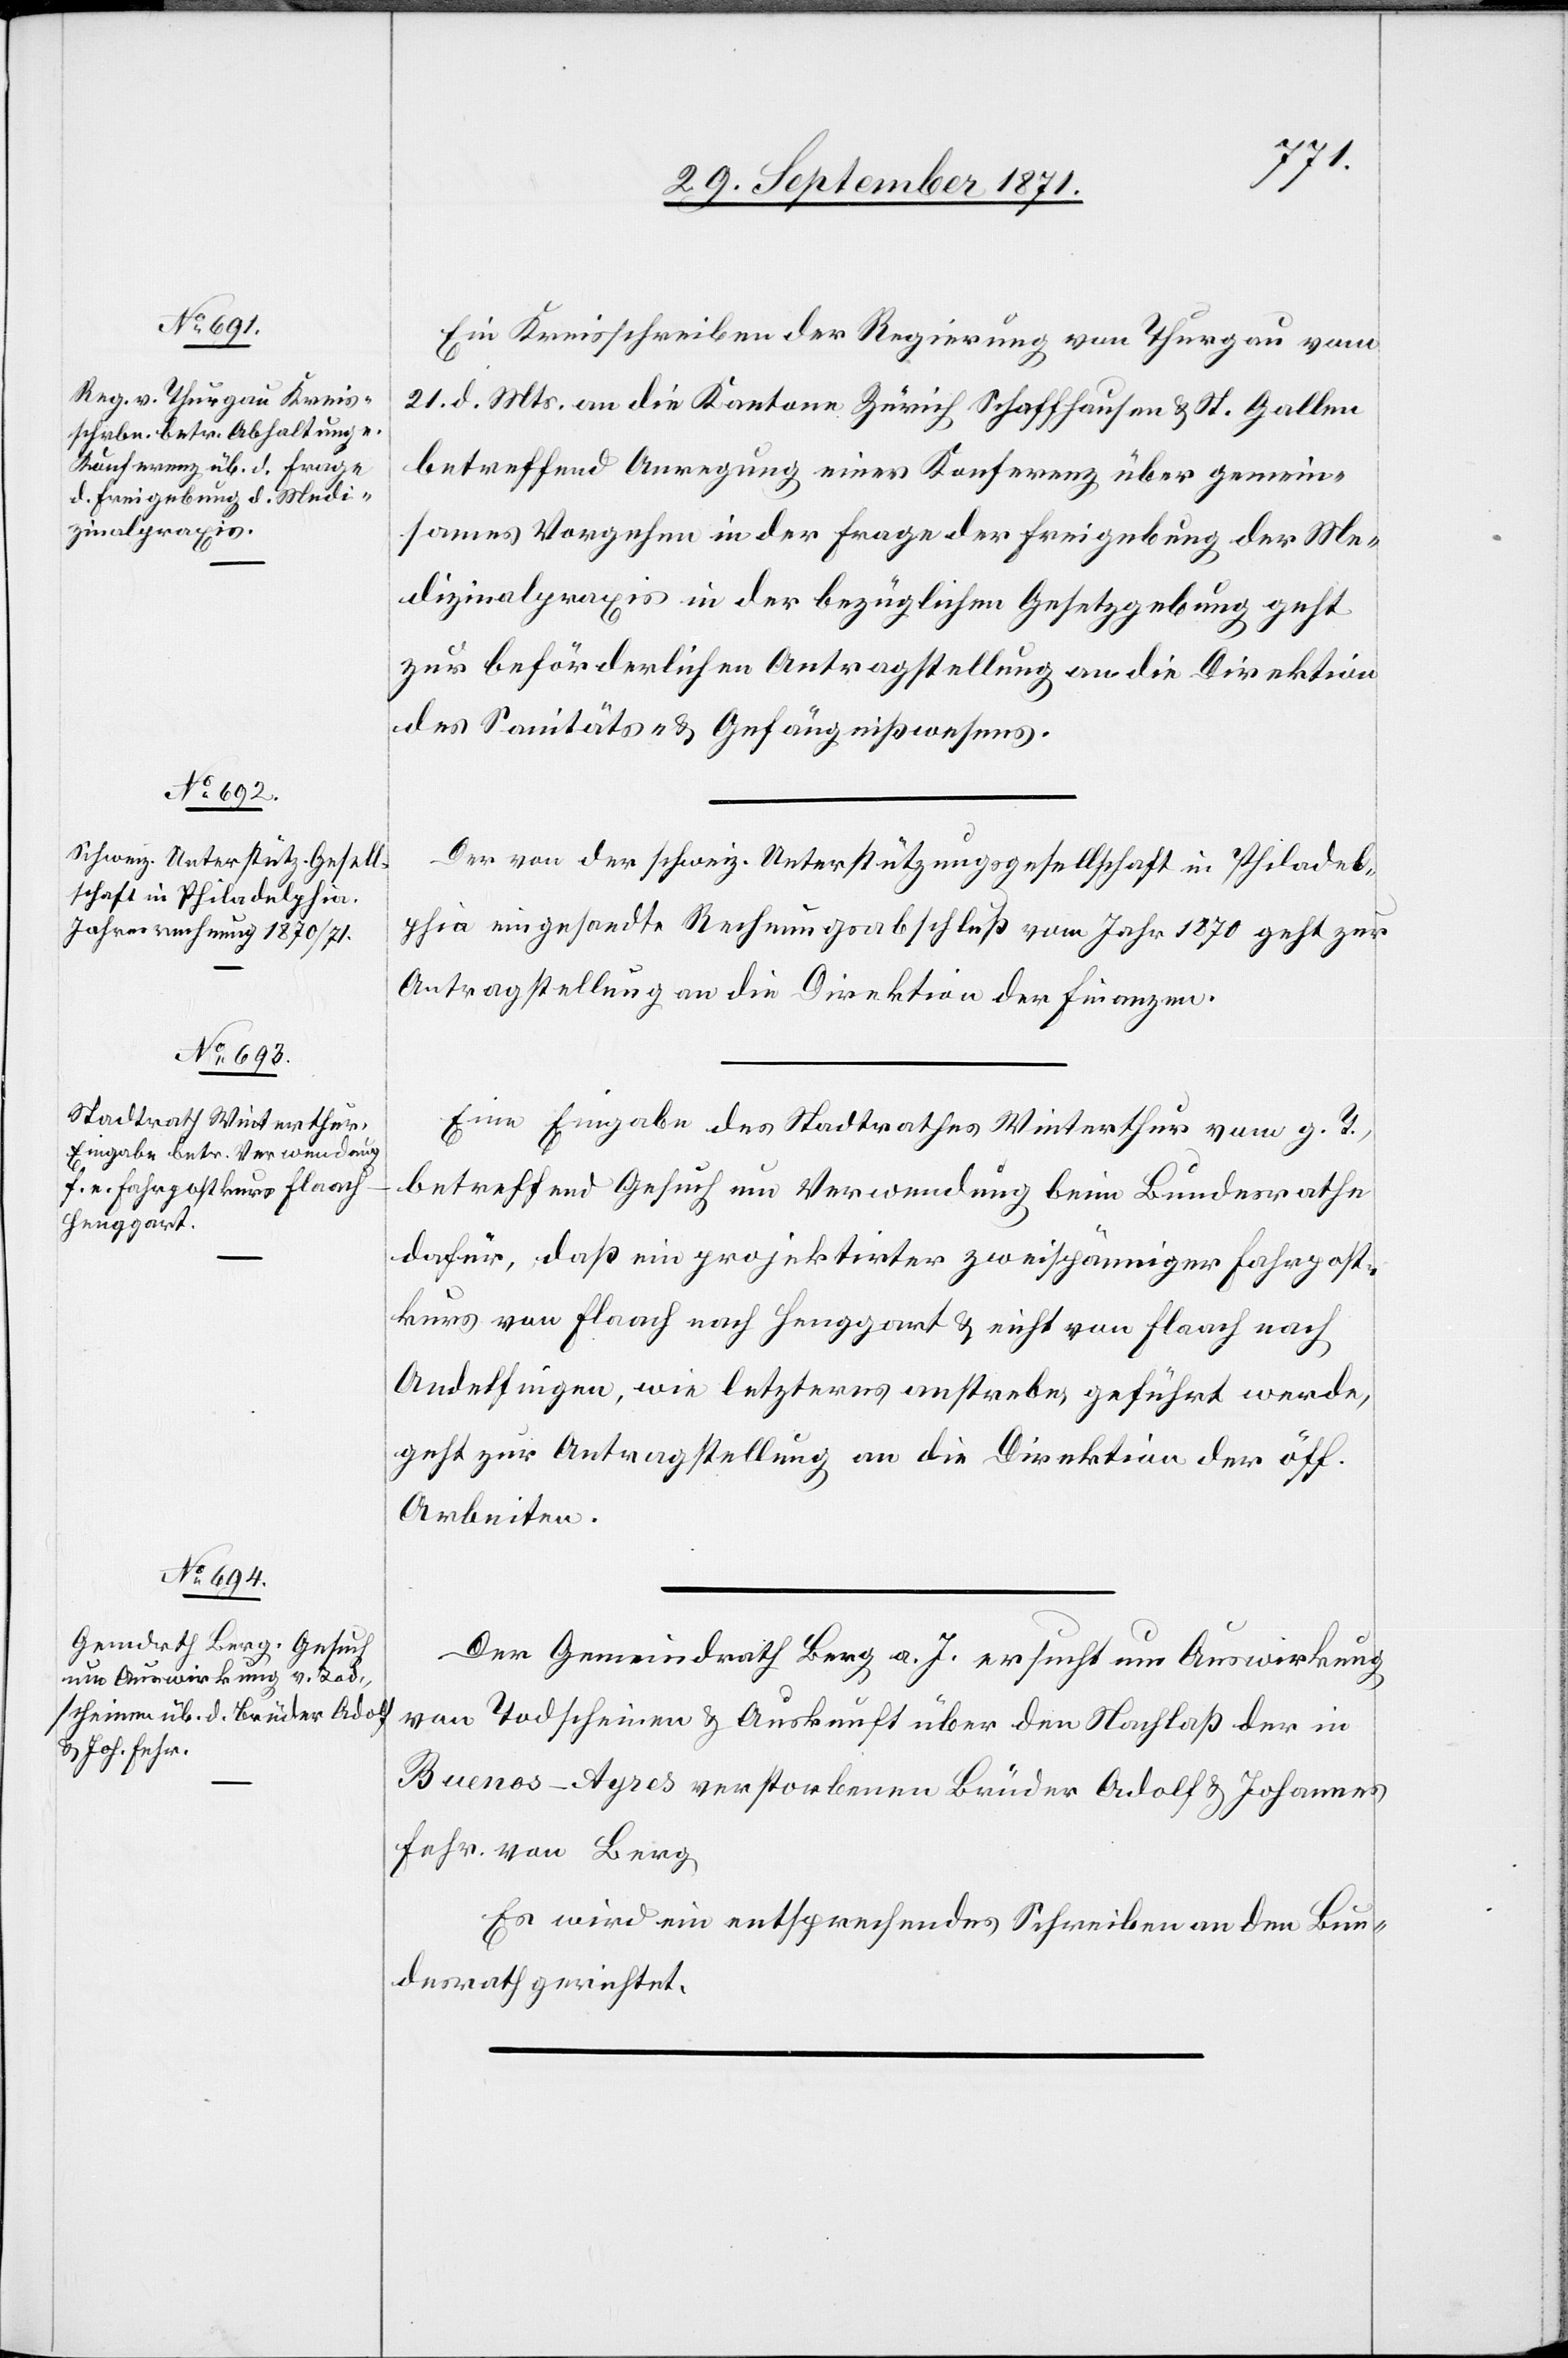
29. September 1871.]
Ein Kreisschreiben der Regierung von Thurgau vom
21. d. Mts. an die Kantone Zürich[,] Schaffhausen & St. Gallen
betreffend Anregung einer Konferenz über gemein¬
sames Vorgehen in der Frage der Freigebung der Me¬
dizinalpraxis in der bezüglichen Gesetzgebung geht
zur behördlichen Antragstellung an die Direktion
des Sanitäts- & Gefängnißwesens.
Der von der schweiz. Unterstützungsgesellschaft in Philadel¬
phia eingesandte Rechnungsabschluß vom Jahr 1870 geht zur
Antragstellung an die Direktion der Finanzen.
Eine Eingabe des Stadtrathes Winterthur vom g. T.,
betreffend Gesuch um Verwendung beim Bundesrathe
dafür, daß ein projektirter zweispänniger Fahrpost¬
kurs von Flaach nach Henggart & nicht von Flaach nach
Andelfingen, wie letzteres anstrebe geführt werde,
geht zur Antragstellung an die Direktion der öff.
Arbeiten.
Der Gemeindrath Berg a. I. ersucht um Auswirkung
von Todscheinen & Auskunft über den Nachlaß der in
Buenos-Ayres verstorbenen Brüder Adolf & Johannes
Fehr von Berg.
Es wird ein entsprechendes Schreiben an den Bun¬
desrath gerichtet.